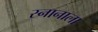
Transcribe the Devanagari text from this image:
स्नानाला